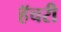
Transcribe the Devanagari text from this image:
हॅचरी